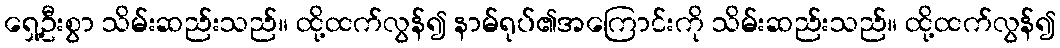
ရှေ့ဦးစွာ သိမ်းဆည်းသည်။ ထို့ထက်လွန်၍ နာမ်ရုပ်၏အကြောင်းကို သိမ်းဆည်းသည်။ ထို့ထက်လွန်၍